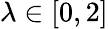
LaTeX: \lambda\in[0,2]